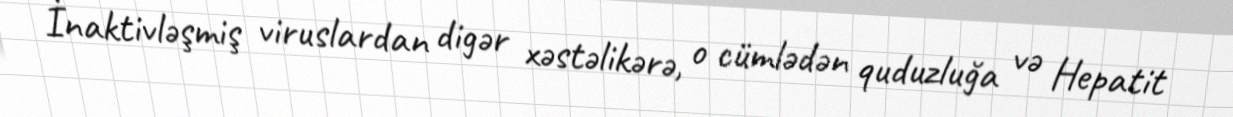
İnaktivləşmiş viruslardan digər xəstəlikərə, o cümlədən quduzluğa və Hepatit